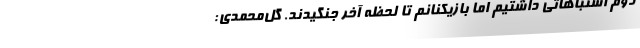
دوم اشتباهاتی داشتیم اما بازیکنانم تا لحظه آخر جنگیدند. گل‌محمدی: